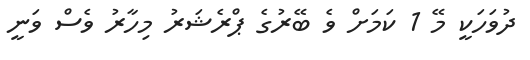
ދުވަހަކީ މޭ 1 ކަމަށް ވެ ބޭރުގެ ޕްރެޝަރު މިހާރު ވެސް ވަނީ